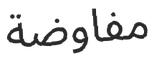
مفاوضة